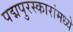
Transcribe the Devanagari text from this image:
पद्मपुरस्कारांमध्ये